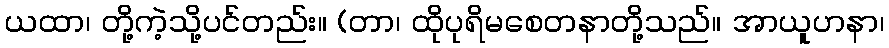
ယထာ၊ တို့ကဲ့သို့ပင်တည်း။ (တာ၊ ထိုပုရိမစေတနာတို့သည်။ အာယူဟနာ၊